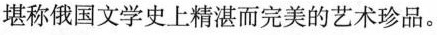
堪称俄国文学史上精湛而完美的艺术珍品。